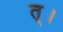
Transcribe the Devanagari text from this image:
त्।